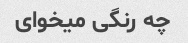
چه رنگی میخوای